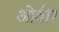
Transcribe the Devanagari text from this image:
ओवीर